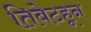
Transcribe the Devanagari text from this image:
तिबेटहून